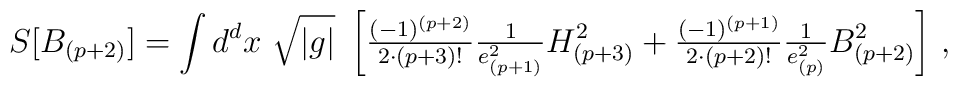
S[B_{(p+2)}] =\int d^{d}x\ \sqrt{|g|}\ \left[{\textstyle\frac{(-1)^{(p+2)}}{2\cdot (p+3)!} \frac{1}{e_{(p+1)}^{2}}}H_{(p+3)}^{2}+{\textstyle\frac{(-1)^{(p+1)}}{2\cdot (p+2)!} \frac{1}{e_{(p)}^{2}}}B_{(p+2)}^{2}  \right]\, ,